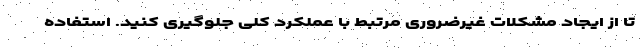
تا از ایجاد مشکلات غیرضروری مرتبط با عملکرد کلی جلوگیری کنید. استفاده